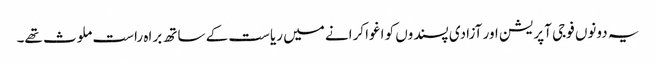
یہ دونوں فوجی آپریشن اور آزادی پسندوں کو اغوا کرانے میں ریاست کے ساتھ براہ راست ملوث تھے۔